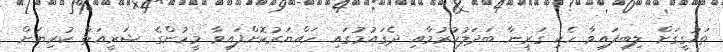
ތަހުގީގަށް ލިބިފައިވާ ހެކި ގަރީނާ ބަދަލުކުރުމާއި ދެގައުމުގައި ހައްޔަރުކޮށްފައިވާ މީހުންގެ ޝަރީއަތް ކުރިޔަށް